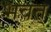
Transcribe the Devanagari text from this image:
भवत्